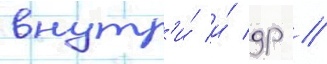
внутр'и́ и́ др //